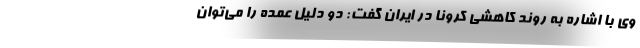
وی با اشاره به روند کاهشی کرونا در ایران گفت: دو دلیل عمده را می‌‌توان